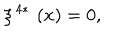
LaTeX: \xi ^ { \, 4 \ast } \, \left( x \right) = 0 ,